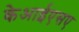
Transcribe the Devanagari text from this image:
केआईएसए